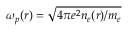
\omega _ { p } ( r ) = \sqrt { 4 \pi e ^ { 2 } n _ { e } ( r ) / m _ { e } }